画像に写った文字を読んでください
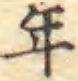
「年」と書いてあります